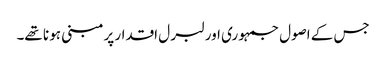
جس کے اصول جمہو ری اور لبر ل اقدار پرمبنی ہو نا تھے۔